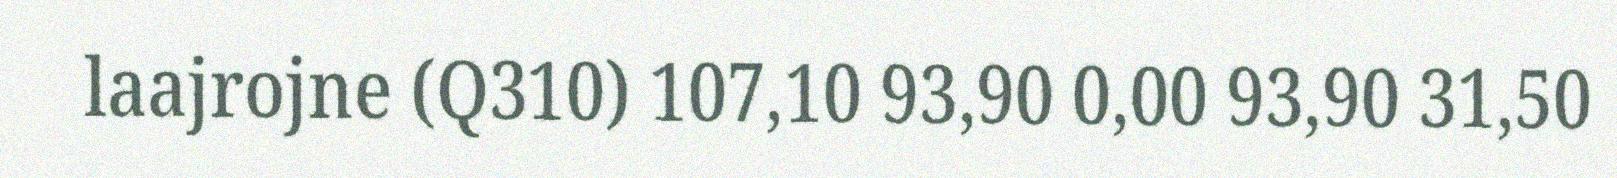
laajrojne (Q310) 107,10 93,90 0,00 93,90 31,50